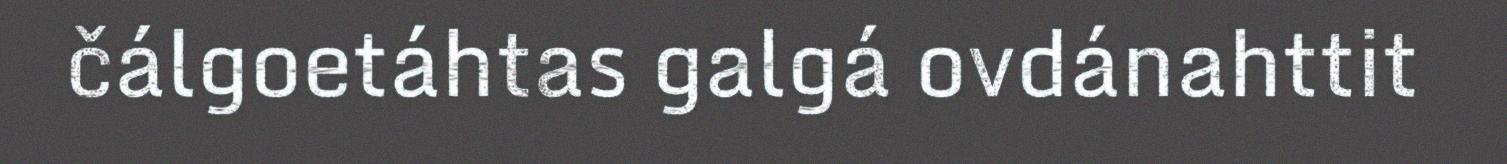
čálgoetáhtas galgá ovdánahttit